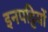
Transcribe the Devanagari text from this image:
इनपट्टियों